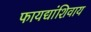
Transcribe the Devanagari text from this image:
फायद्यांशिवाय